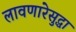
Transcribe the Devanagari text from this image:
लावणारेसुद्धा